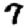
Digit: 7